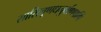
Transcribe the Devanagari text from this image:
सासितूणधनुर्बाणपाणिं